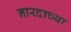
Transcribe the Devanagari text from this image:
नारदाच्या